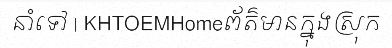
នាំទៅ | KHTOEMHomeព័ត៌មានក្នុងស្រុក